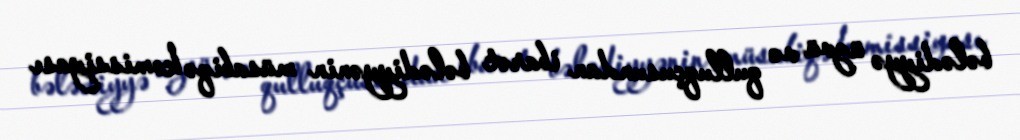
bələdiyyə üzvü və qulluqçusundan ibarət bələdiyyənin müsabiqə komissiyası